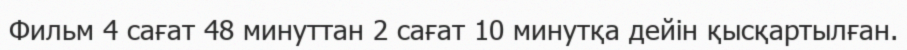
Фильм 4 сағат 48 минуттан 2 сағат 10 минутқа дейiн қысқартылған.